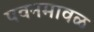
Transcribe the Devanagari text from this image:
पवनमावळ